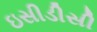
ઇસીડીસી